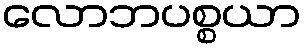
လောဘပစ္စယာ